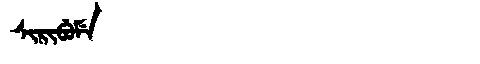
Manchu: ᠰᡳᡵᡳᠪᡠᠮᡝ
Romanization: SIRIBUME